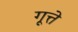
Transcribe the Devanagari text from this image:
गूत्ते